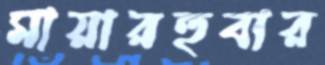
মায়ারহুবার